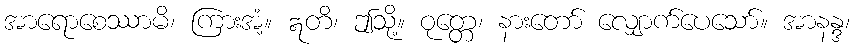
အာရောစေဿာမိ၊ ကြားအံ့။ ဣတိ၊ ဤသို့။ ဝုတ္တေ၊ နားတော် လျှောက်ပေသော်။ အာနန္ဒ၊